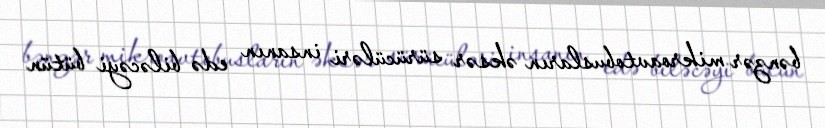
bənzər mikroavtobusların əksər sürücüləri insanın edə biləcəyi bütün